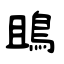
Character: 鴡